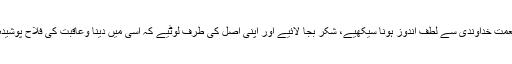
اس نعمت خداوندی سے لطف اندوز ہونا سیکھیے، شکر بجا لائیے اور اپنی اصل کی طرف لوٹیے کہ اسی میں دینا وعاقبت کی فلاح پوشیدہ ہے۔